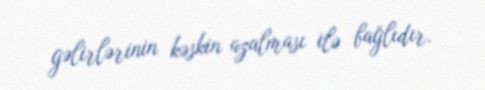
gəlirlərinin kəskin azalması ilə bağlıdır.